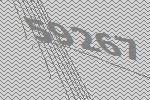
59267